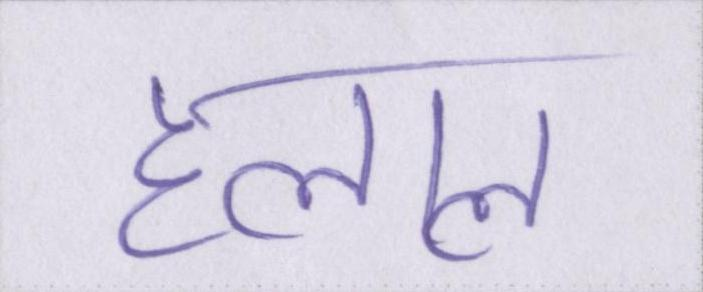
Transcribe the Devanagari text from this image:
हलाल